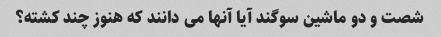
شصت و دو ماشین سوگند آیا آنها می دانند که هنوز چند کشته؟